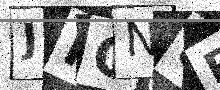
Text: JIGN8P